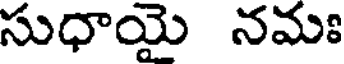
సుధాయై నమః